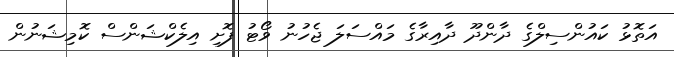
އަތޮޅު ކައުންސިލްގެ ދާންދޫ ދާއިރާގެ މައްސަލަ ޖެހުނު ވޯޓު ފޮށި އިލެކްޝަންސް ކޮމިޝަނުން